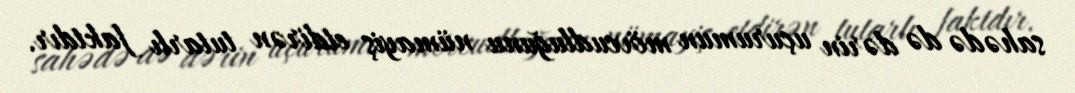
sahədə də dərin uçurumun mövcudluğunu nümayiş etdirən tutarlı faktdır.